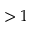
> 1